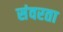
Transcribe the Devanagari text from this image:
संवरता